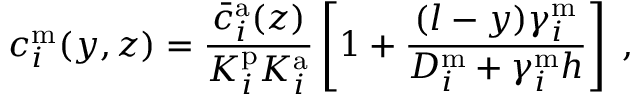
c _ { i } ^ { \mathrm { m } } ( y , z ) = \frac { \bar { c } _ { i } ^ { \mathrm { a } } ( z ) } { K _ { i } ^ { \mathrm { p } } K _ { i } ^ { \mathrm { a } } } \left[ 1 + \frac { ( l - y ) \gamma _ { i } ^ { \mathrm { m } } } { D _ { i } ^ { \mathrm { m } } + \gamma _ { i } ^ { \mathrm { m } } h } \right] \; ,